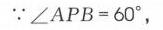
\(\because\angle APB = 60^{\circ}\)